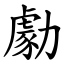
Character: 勮